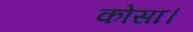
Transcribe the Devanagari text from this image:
कोसा।